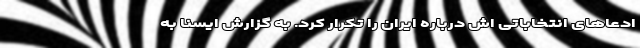
ادعاهای انتخاباتی اش درباره ایران را تکرار کرد. به گزارش ایسنا به